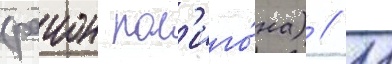
(раион пол'иго́на) // 11